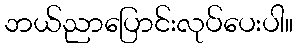
ဘယ်ညာပြောင်းလုပ်ပေးပါ။